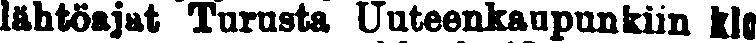
lähtöajat Turusta Uuteenkaupunkiin klo